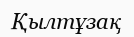
Қылтұзақ